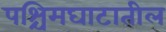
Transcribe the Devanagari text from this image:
पश्चिमघाटातील